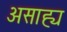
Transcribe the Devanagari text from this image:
असाह्य